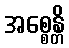
အစ္စေန္တိ